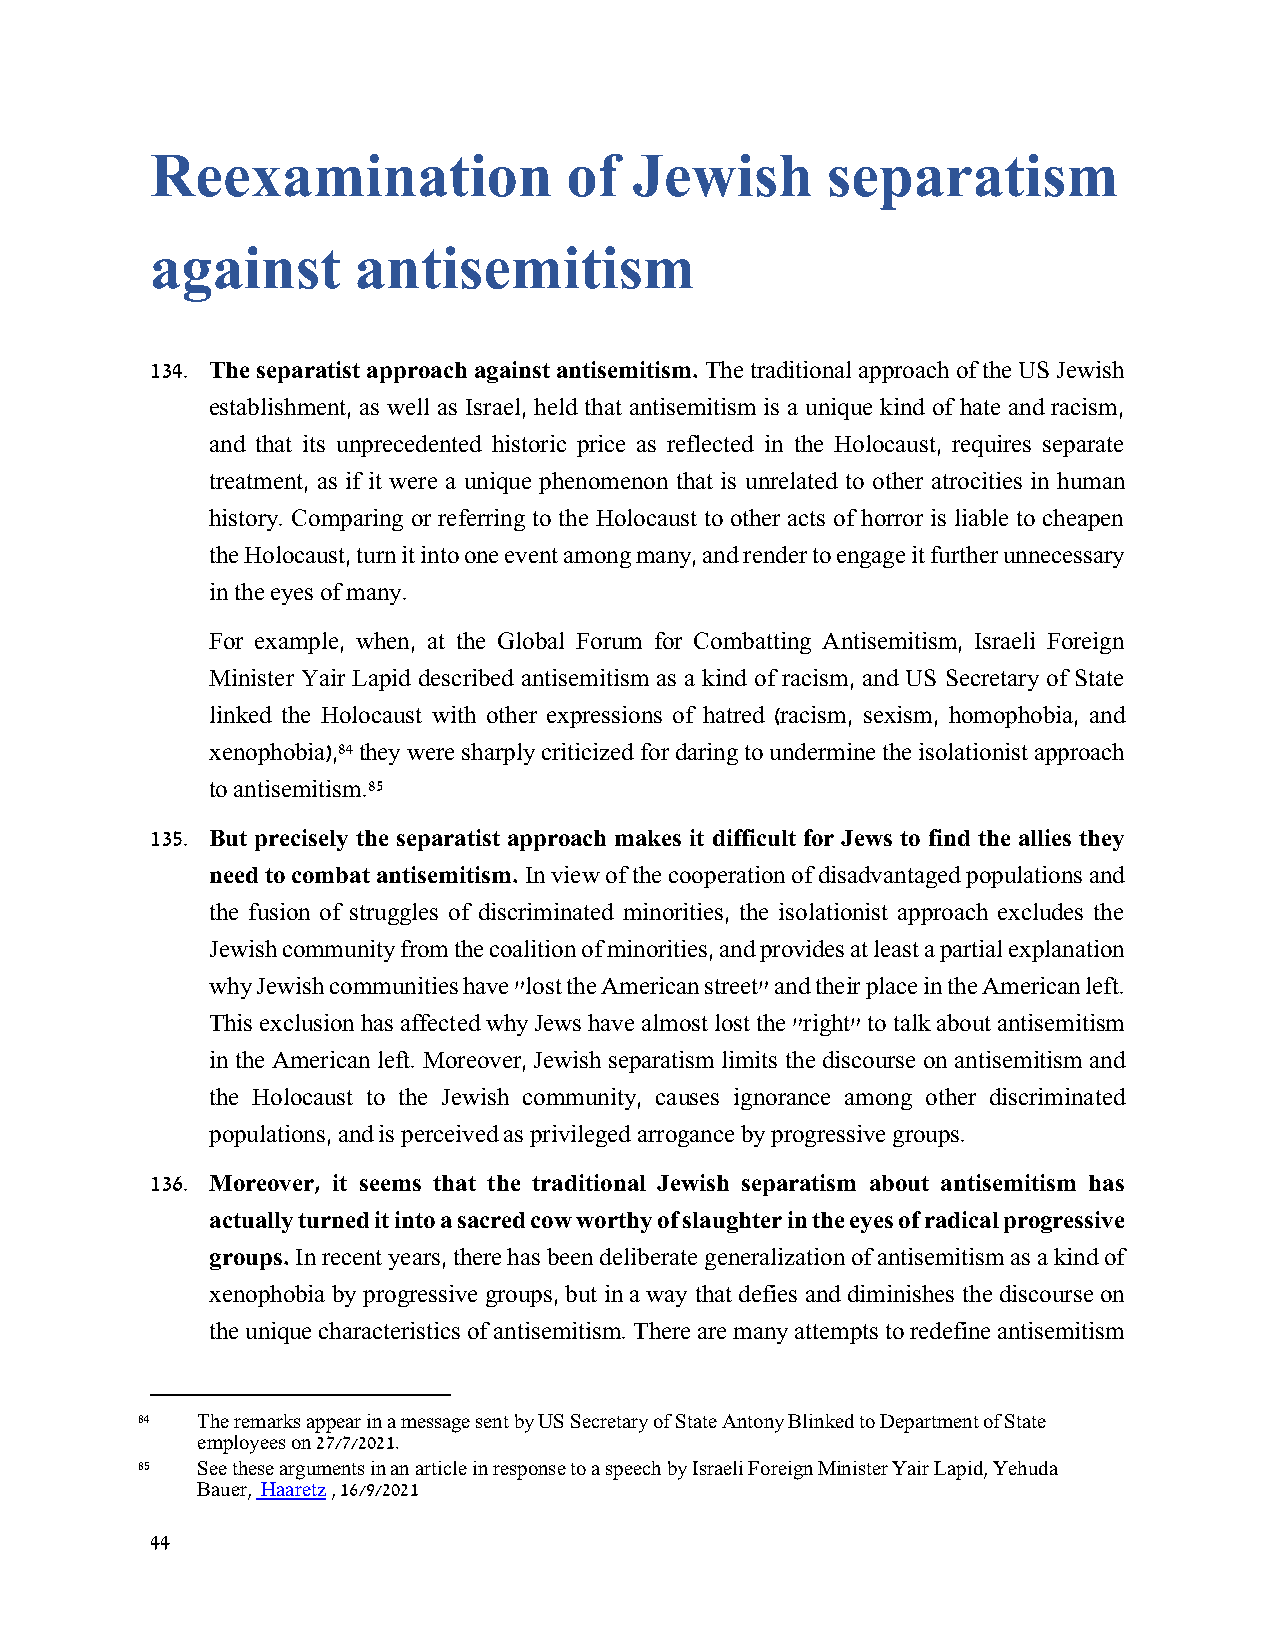
Reexamination              of   Jewish       separatism
 against      antisemitism
 134. The separatist approach against antisemitism. The traditional approach of the US Jewish
 establishment, as well as Israel, held that antisemitism is a unique kind of hate and racism,
 and that its unprecedented historic price as reflected in the Holocaust, requires separate
 treatment, as if it were a unique phenomenon that is unrelated to other atrocities in human
 history. Comparing or referring to the Holocaust to other acts of horror is liable to cheapen
 the Holocaust, turn it into one event among many, and render to engage it further unnecessary
 in the eyes of many.
 For example, when, at the Global Forum for Combatting Antisemitism, Israeli Foreign
 Minister Yair Lapid described antisemitism as a kind of racism, and US Secretary of State
 linked the Holocaust with other expressions of hatred (racism, sexism, homophobia, and
 xenophobia),84 they were sharply criticized for daring to undermine the isolationist approach
 to antisemitism.85
 135. But precisely the separatist approach makes it difficult for Jews to find the allies they
 need to combat antisemitism. In view of the cooperation of disadvantaged populations and
 the fusion of struggles of discriminated minorities, the isolationist approach excludes the
 Jewish community from the coalition of minorities, and provides at least a partial explanation
 why Jewish communities have "lost the American street" and their place in the American left.
 This exclusion has affected why Jews have almost lost the "right" to talk about antisemitism
 in the American left. Moreover, Jewish separatism limits the discourse on antisemitism and
 the Holocaust to the Jewish community, causes ignorance among other discriminated
 populations, and is perceived as privileged arrogance by progressive groups.
 136. Moreover, it seems that the traditional Jewish separatism about antisemitism has
 actually turned it into a sacred cow worthy of slaughter in the eyes of radical progressive
 groups. In recent years, there has been deliberate generalization of antisemitism as a kind of
 xenophobia by progressive groups, but in a way that defies and diminishes the discourse on
 the unique characteristics of antisemitism. There are many attempts to redefine antisemitism
 84  The remarks appear in a message sent by US Secretary of State Antony Blinked to Department of State
 employees on 27/7/2021.
 85  See these arguments in an article in response to a speech by Israeli Foreign Minister Yair Lapid, Yehuda
 Bauer, Haaretz , 16/9/2021
 44